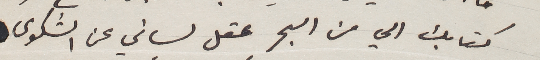
كتابك الي من البحر عقل لساني عن الشكوى